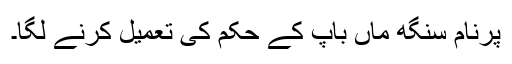
پرنام سنگھ ماں باپ کے حکم کی تعمیل کرنے لگا۔